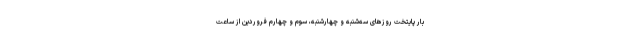
بار پایتخت روزهای سه‌شنبه و چهارشنبه، سوم و چهارم فروردین از ساعت